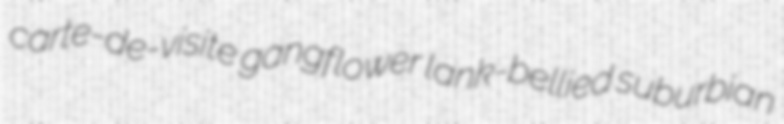
carte-de-visite gangflower lank-bellied suburbian